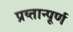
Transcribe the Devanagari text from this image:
प्रय्तान्पूर्ण